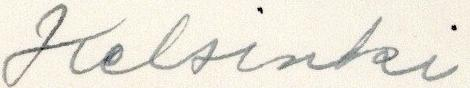
Helsinki